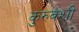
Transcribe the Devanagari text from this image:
कुरुवंशी